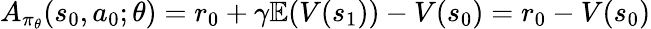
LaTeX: A_{\pi_{\theta}}(s_{0},a_{0};\theta)=r_{0}+\gamma\mathbb{E}(V(s_{1}))-V(s_{0})=r_{0}-V(s_{0})